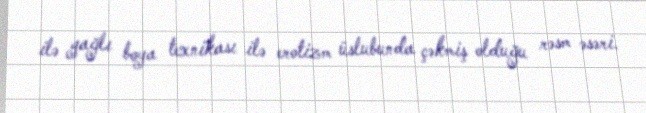
ilə yağlı boya texnikası ilə erotizm üslubunda çəkmiş olduğu rəsm əsəri.